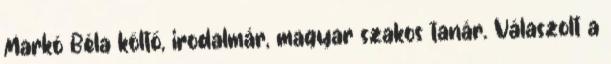
Markó Béla költő, irodalmár, magyar szakos tanár. Válaszolt a